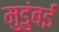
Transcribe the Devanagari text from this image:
मुडुंबई